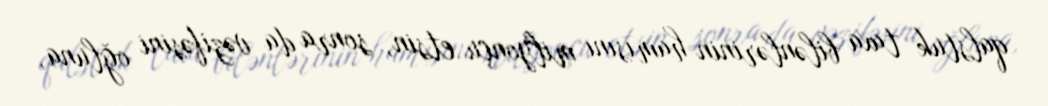
qalstuk taxa bilənlərinin hamısını milyonçu etsin, sonra da vəzifəsini oğluna,